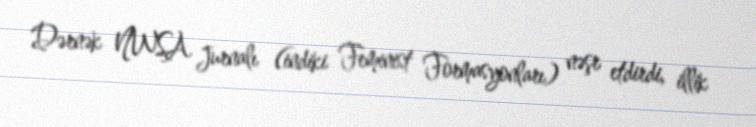
Dərnək NWSA Jurnalı (indiki Feminist Formasyonları) nəşr etdirdi, illik